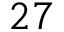
2 7